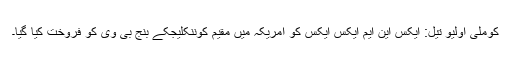
کوملی اولیو تیل: ایکس این ایم ایکس ایکس کو امریکہ میں مقیم کوننکلیجکے بنج بی وی کو فروخت کیا گیا۔